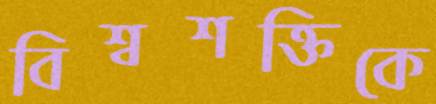
বিশ্বশক্তিকে